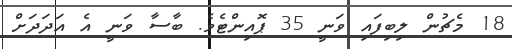
18 މެޗުން ލިބިފައި ވަނީ 35 ޕޮއިންޓެވެ. ބާސާ ވަނީ އެ އަދަދަށް